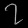
Digit: ၇